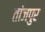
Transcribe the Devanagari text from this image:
तांजपुर